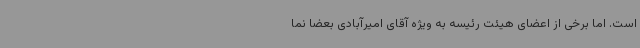
است. اما برخی از اعضای هیئت رئیسه به ویژه آقای امیرآبادی بعضا نما